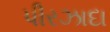
પીરઝાદા